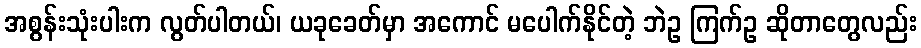
အစွန်းသုံးပါးက လွတ်ပါတယ်၊ ယခုခေတ်မှာ အကောင် မပေါက်နိုင်တဲ့ ဘဲဥ ကြက်ဥ ဆိုတာတွေလည်း